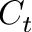
C _ { t }